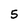
Character: 5